Annual report of the Prince of Wales Medical College, Patna
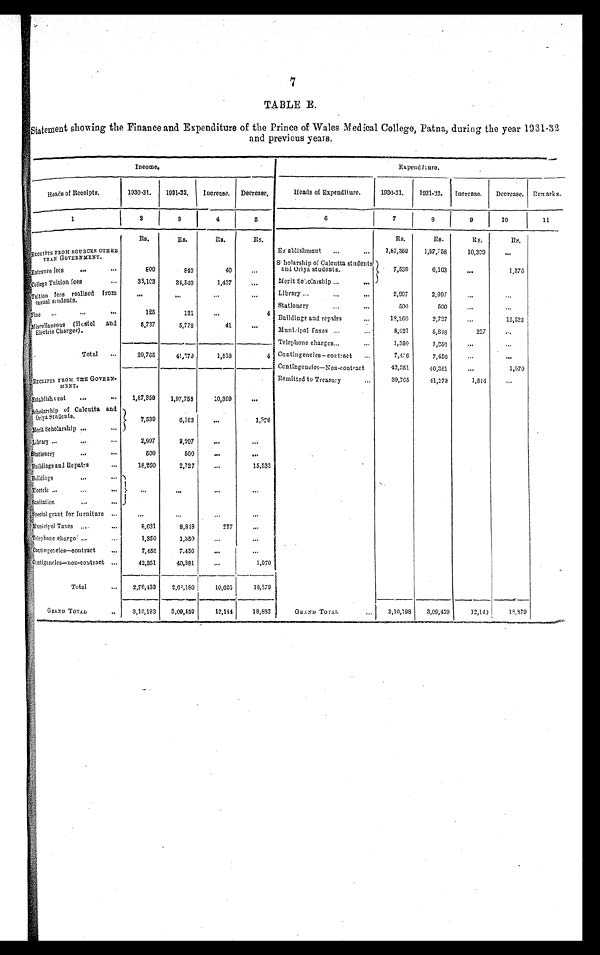
7
TABLE E.
Statement showing the Finance and Expenditure of the Prince of Wales Medical College, Patna, during the year 1931–32
and previous years.
Income.
Expenditure.
Heads of Receipts.
1930–31. 1931–32.
Increase. Decrease,
Heads of Expenditure.
1930–31.
1931–32. Increase. Decrease. Remarks.
1
2
3
4
5
6
7
8
9
10
11
Rs .
Rs.
Rs .
Rs.
Rs.
Rs.
Rs.
Rs.
RECEIPTS FROM SOURCES OTHER
T H A N G O V E R N M E N T .
Establishment ...
... 1,87,359
1,97,758
1 0 , 3 9 9
...
Entrance fees
. . .
. . .
8 0 0
8 4 0
40
. . .
Scholarship of Calcutta students
and Oriya students.
7,539
6,163
. . .
1,376
College Tuition fees
...
33,103
34,540
1,437
. . . Merit Scholarship ...
...
Tuition fees realised from
casual students.
...
...
...
. . . Library ...
...
. . .
2,997
2,997
. . .
...
Fine ...
...
...
125
121
...
4 Stationery
...
...
500
500
...
...
B u i l d i n g s a n d r e p a i r s
...
1 8 , 2 6 0
2,727
...
15,533
Miscellaneous (Hostel and
Electric Charges).
5,737
5,778
41
. . . Municipal Taxes ... ...
8,621
8 , 8 1 8
227
. . .
Telephone charges ...
...
1,350
1,850
...
...
Total ...
3 9 , 7 6 5
41,279
1,518
4 Contingencies-contract ...
7 , 4 5 6
7,456
...
...
Contingeneies—Non-contract
42,351
40,381
. . .
1,970
RECEIPTS FROM THE GOVERN-
M E N T .
R e m i t t e d t o T r e a s u r y
...
39,765
41,279
1,514
. . .
Establishment ...
. . . 1,87,359 1,97,758
10,399
...
Scholarship of Calcutta and
Oriya Students.
7,539
6,163
...
1 , 3 7 6
Merit Scholarship ...
...
Library ...
. . .
...
2,997
2,997
. . . ...
S t a t i o n e r y
. . .
. . .
500
500
. . .
. . .
Buildings and Repairs
...
18,260
2,727
...
15,533
Buildings
...
...
Electric
. . . ...
. . . ...
...
...
...
Sanitation
...
. . .
Special grant for furniture ...
. . .
...
...
...
Municipal Taxes ...
...
6,621
8,818
227
...
Telephone charge ...
...
1,350
1 , 3 5 0
...
...
Contingencies—contract ...
7,456
7,456
...
...
Contigencies—non-contract ...
42,351
40,381
...
1,970
Total
... 2,76,433
2 , 6 8 , 1 8 0
10,626
18,879
G R A N D
T O T A L
..
3 , 1 6 , 1 9 3 3,09,459
12,144
18,883
GRAND TOTAL
...
3,16,198 3,09,459
12,140
18,879